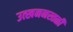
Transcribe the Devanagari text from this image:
उत्खननस्तळी